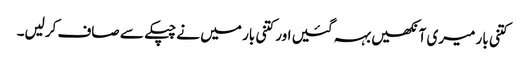
کتنی بار میری آنکھیں بہہ گئیں اور کتنی بار میں نے چپکے سے صاف کرلیں۔